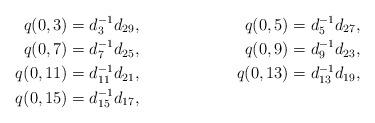
LaTeX: \begin{align*}q(0,3)&=d_3^{-1}d_{29},&q(0,5)&=d_5^{-1}d_{27},\\q(0,7)&=d_7^{-1}d_{25},&q(0,9)&=d_9^{-1}d_{23},\\q(0,11)&=d_{11}^{-1}d_{21},&q(0,13)&=d_{13}^{-1}d_{19},\\q(0,15)&=d_{15}^{-1}d_{17},\end{align*}